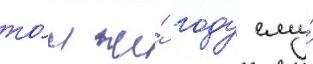
то́м же́ году ему́